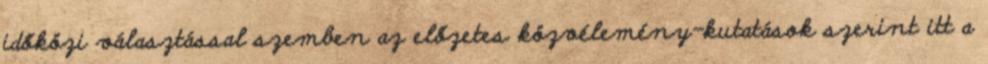
időközi választással szemben az előzetes közvélemény-kutatások szerint itt a